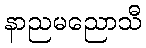
နာညမညောသီ